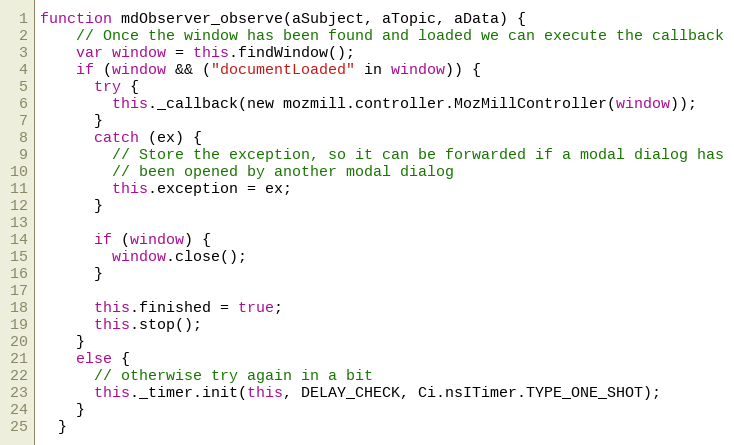
Language: JavaScript
function mdObserver_observe(aSubject, aTopic, aData) {
    // Once the window has been found and loaded we can execute the callback
    var window = this.findWindow();
    if (window && ("documentLoaded" in window)) {
      try {
        this._callback(new mozmill.controller.MozMillController(window));
      }
      catch (ex) {
        // Store the exception, so it can be forwarded if a modal dialog has
        // been opened by another modal dialog
        this.exception = ex;
      }

      if (window) {
        window.close();
      }

      this.finished = true;
      this.stop();
    }
    else {
      // otherwise try again in a bit
      this._timer.init(this, DELAY_CHECK, Ci.nsITimer.TYPE_ONE_SHOT);
    }
  }